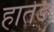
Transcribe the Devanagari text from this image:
हातेड